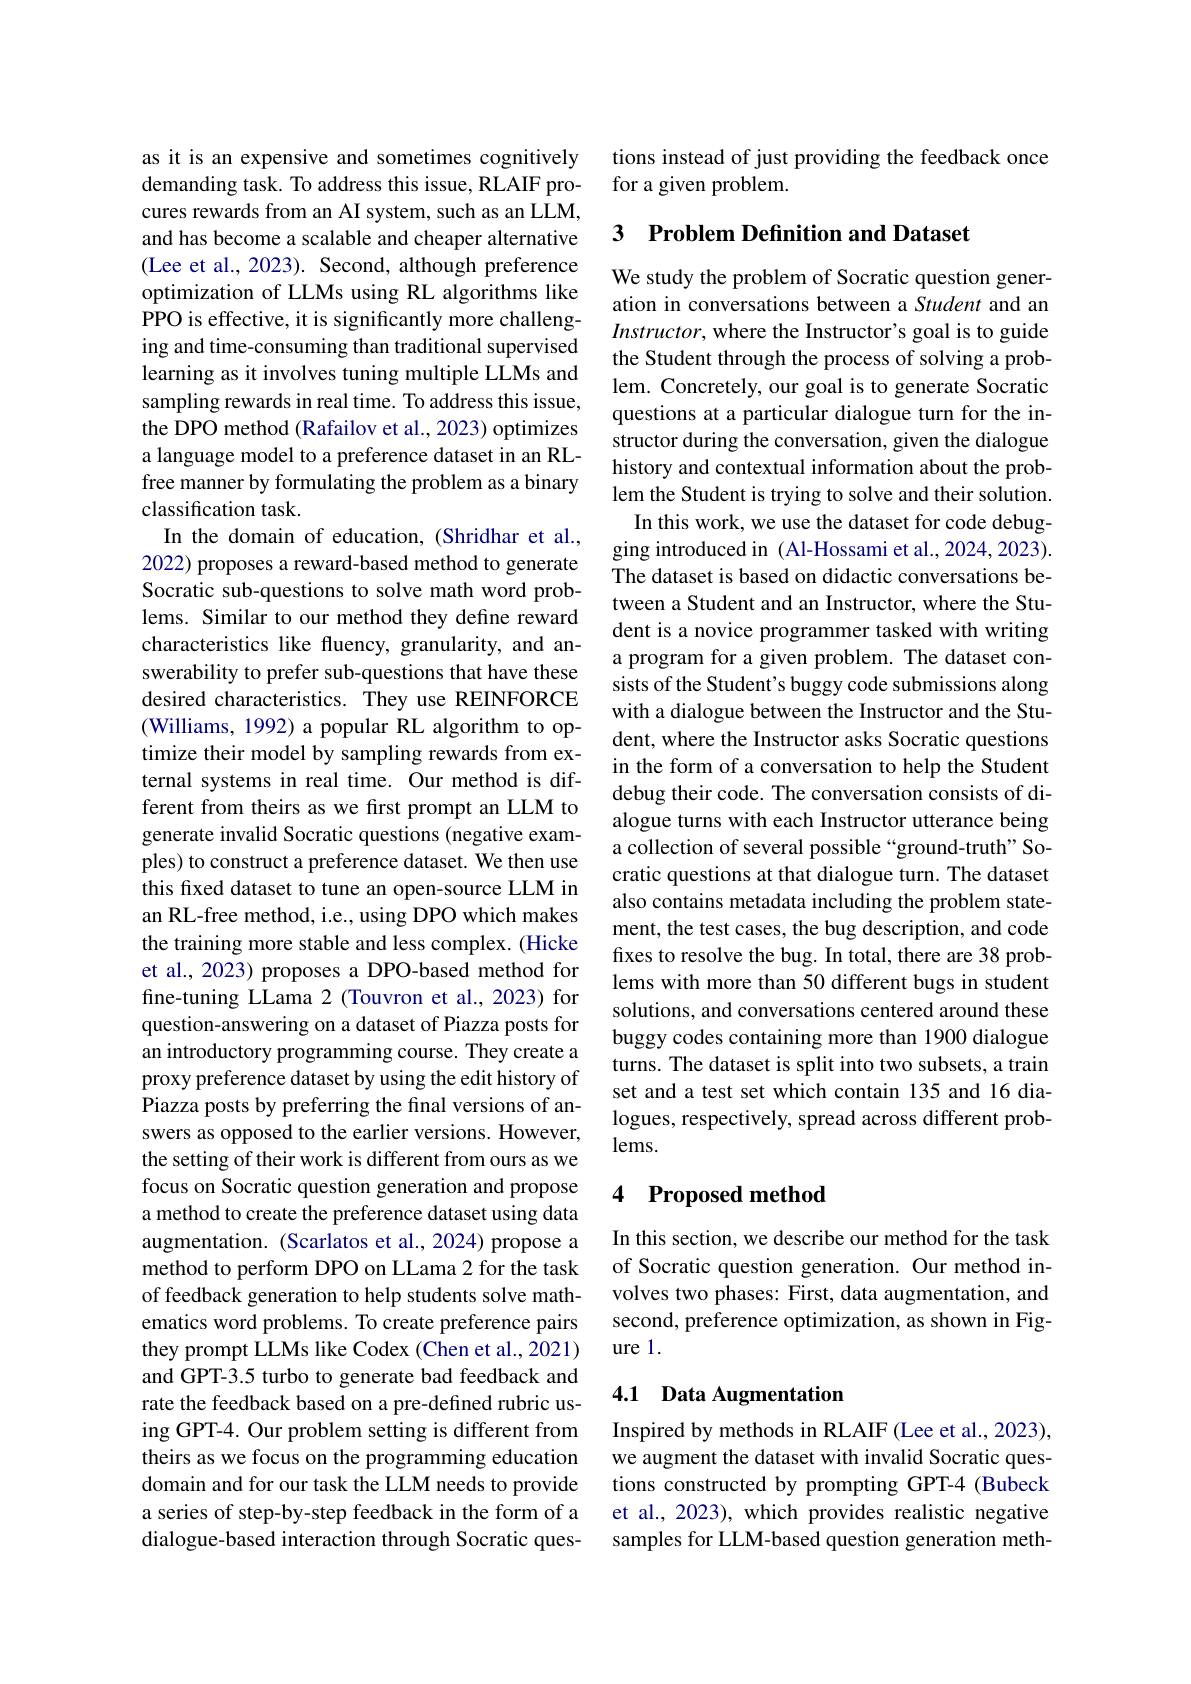
as it is an expensive and sometimes cognitively demanding task. To address this issue, RLAIF procures rewards from an AI system, such as an LLM, and has become a scalable and cheaper alternative (Lee et al., 2023). Second, although preference optimization of LLMs using RL algorithms like PPO is effective, it is significantly more challenging and time-consuming than traditional supervised learning as it involves tuning multiple LLMs and sampling rewards in real time. To address this issue, the DPO method (Rafailov et al., 2023) optimizes a language model to a preference dataset in an RLfree manner by formulating the problem as a binary classification task.
In the domain of education, (Shridhar et al., 2022) proposes a reward-based method to generate Socratic sub-questions to solve math word problems. Similar to our method they define reward characteristics like fluency, granularity, and answerability to prefer sub-questions that have these desired characteristics. They use REINFORCE (Williams, 1992) a popular RL algorithm to optimize their model by sampling rewards from external systems in real time. Our method is different from theirs as we first prompt an LLM to generate invalid Socratic questions (negative examples) to construct a preference dataset. We then use this fxed dataset to tune an open-source LLM in an RL-free method, i.e., using DPO which makes the training more stable and less complex. (Hicke et al., 2023) proposes a DPO-based method for fine-tuning LLama 2 (Touvron et al., 2023) for question-answering on a dataset of Piazza posts for an introductory programming course. They create a proxy preference dataset by using the edit history of Piazza posts by preferring the final versions of answers as opposed to the earlier versions. However, the setting of their work is different from ours as we focus on Socratic question generation and propose a method to create the preference dataset using data augmentation. (Scarlatos et al., 2024) propose a method to perform DPO on LLama 2 for the task of feedback generation to help students solve mathematics word problems. To create preference pairs they prompt LLMs like Codex (Chen et al., 2021) and GPT-3.5 turbo to generate bad feedback and rate the feedback based on a pre-defined rubric using GPT-4. Our problem setting is different from theirs as we focus on the programming education domain and for our task the LLM needs to provide a series of step-by-step feedback in the form of a dialogue-based interaction through Socratic ques-

tions instead of just providing the feedback once
for a given problem.

## 3 Problem Definition and Dataset

We study the problem of Socratic question generation in conversations between a Student and an Instructor, where the Instructor's goal is to guide the Student through the process of solving a problem. Concretely, our goal is to generate Socratic questions at a particular dialogue turn for the instructor during the conversation, given the dialogue history and contextual information about the problem the Student is trying to solve and their solution.
In this work, we use the dataset for code debugging introduced in ( Al-Hossami et al., 2024, 2023). The dataset is based on didactic conversations between a Student and an Instructor, where the Student is a novice programmer tasked with writing a program for a given problem. The dataset consists of the Student's buggy code submissions along with a dialogue between the Instructor and the Student, where the Instructor asks Socratic questions in the form of a conversation to help the Student debug their code. The conversation consists of dialogue turns with each Instructor utterance being a collection of several possible“ground-truth”Socratic questions at that dialogue turn. The dataset also contains metadata including the problem statement, the test cases, the bug description, and code fixes to resolve the bug. In total, there are 38 problems with more than 50 different bugs in student solutions, and conversations centered around these buggy codes containing more than 1900 dialogue turns. The dataset is split into two subsets, a train set and a test set which contain 135 and 16 dialogues, respectively, spread across different prob- $lems.$

### 4 Proposed method

In this section, we describe our method for the task of Socratic question generation. Our method involves two phases: First, data augmentation, and second, preference optimization, as shown in Figure 1.

## 4.1 Data Augmentation

Inspired by methods in RLAIF (Lee et al., 2023), we augment the dataset with invalid Socratic questions constructed by prompting GPT-4 (Bubeck et al., 2023), which provides realistic negative samples for LLM-based question generation meth-